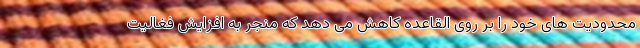
محدودیت های خود را بر روی القاعده کاهش می دهد که منجر به افزایش فغالیت